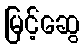
မြင့်ဆွေ